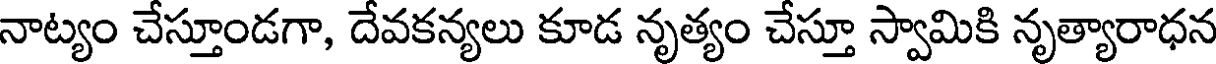
నాట్యం చేస్తూండగా, దేవకన్యలు కూడ నృత్యం చేస్తూ స్వామికి నృత్యారాధన